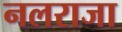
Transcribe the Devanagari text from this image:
नलराजा